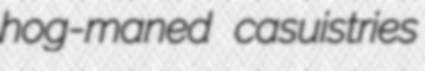
hog-maned casuistries